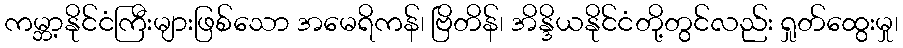
ကမ္ဘာ့နိုင်ငံကြီးများဖြစ်သော အမေရိကန်၊ ဗြိတိန်၊ အိန္ဒိယနိုင်ငံတို့တွင်လည်း ရှုတ်ထွေးမှု၊